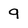
Character: 9